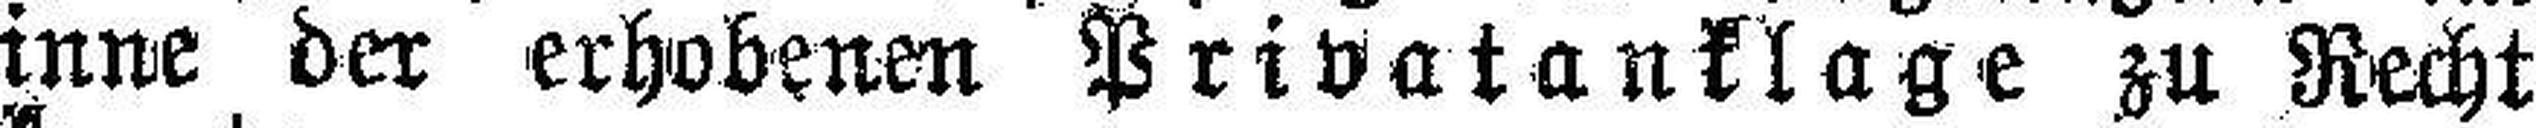
Sinne der erhobenen Privatanklage zu Recht